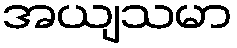
အယျသမာ